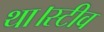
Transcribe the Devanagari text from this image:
था।स्टीव